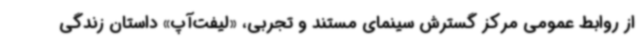
از روابط عمومی مرکز گسترش سینمای مستند و تجربی، «لیفت‌آپ» داستان زندگی